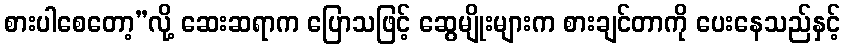
စားပါစေတော့”လို့ ဆေးဆရာက ပြောသဖြင့် ဆွေမျိုးများက စားချင်တာကို ပေးနေသည်နှင့်